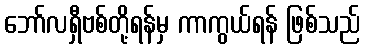
ဘော်လရှီဗစ်တို့ရန်မှ ကာကွယ်ရန် ဖြစ်သည်